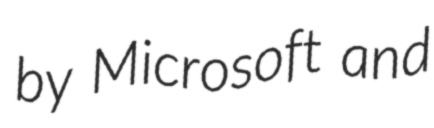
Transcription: by Microsoft and